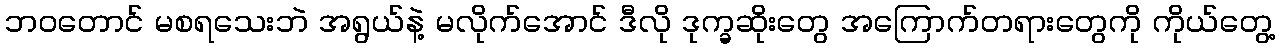
ဘဝတောင် မစရသေးဘဲ အရွယ်နဲ့ မလိုက်အောင် ဒီလို ဒုက္ခဆိုးတွေ အကြောက်တရားတွေကို ကိုယ်တွေ့